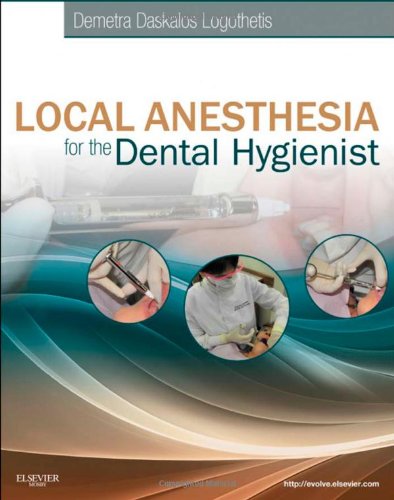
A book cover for Local Anesthesia for the Dental Hygienist, 1e; Demetra D. Logothetis RDH  MS; Medical Books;